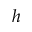
h